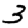
Digit: 3